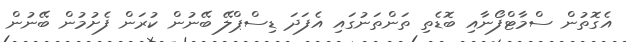
އެގޮތުން ސްމާޓްފޯނާއި ބޮޑެތި ތަންތަނުގައި އެފަދަ ޑިސްޕްލޭ ބޭނުން ކުރަން ފެށުމުން ބޭނުން